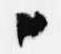
々